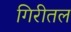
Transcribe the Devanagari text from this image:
गिरीतल